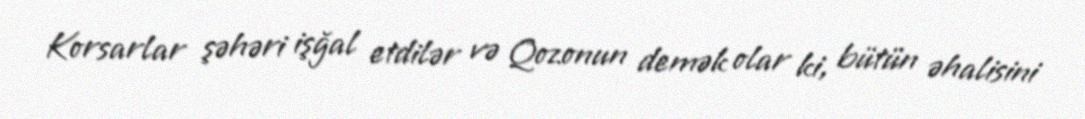
Korsarlar şəhəri işğal etdilər və Qozonun demək olar ki, bütün əhalisini